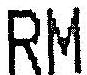
RM